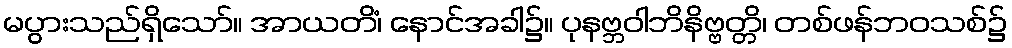
မပွားသည်ရှိသော်။ အာယတိံ၊ နောင်အခါ၌။ ပုနဗ္ဘဝါဘိနိဗ္ဗတ္တိ၊ တစ်ဖန်ဘဝသစ်၌